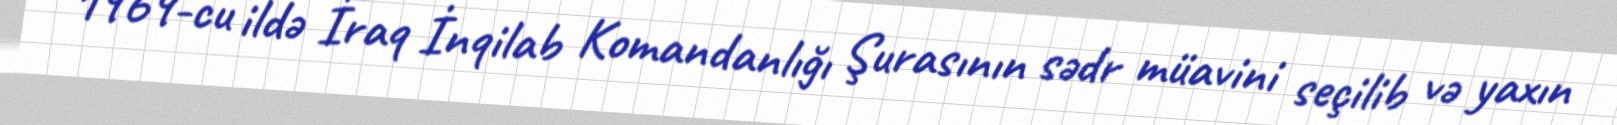
1969-cu ildə İraq İnqilab Komandanlığı Şurasının sədr müavini seçilib və yaxın